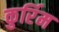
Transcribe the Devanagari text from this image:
कुर्रिम